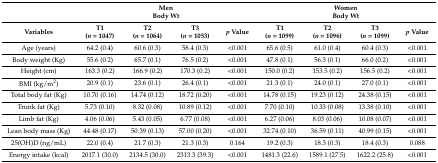
<table><thead><tr><td></td><td colspan="4"><b>Men Body Wt</b></td><td colspan="4"><b>Women Body Wt</b></td></tr><tr><td><b>Variables</b></td><td><b>T1 (<i>n</i> = 1047)</b></td><td><b>T2 (<i>n</i> = 1064)</b></td><td><b>T3 (<i>n</i> = 1053)</b></td><td><b><i>p</i> Value</b></td><td><b>T1 (<i>n</i> = 1099) </b></td><td><b>T2 (<i>n</i> = 1096) </b></td><td><b>T3 (<i>n</i> = 1099) </b></td><td><b><i>p</i> Value</b></td></tr></thead><tbody><tr><td>Age (years)</td><td>64.2 (0.4) </td><td>60.6 (0.3) </td><td>58.4 (0.3) </td><td>&lt;0.001 </td><td>65.6 (0.5) </td><td>61.0 (0.4) </td><td>60.4 (0.3) </td><td>&lt;0.001</td></tr><tr><td>Body weight (Kg)</td><td>55.6 (0.2) </td><td>65.7 (0.1) </td><td>76.5 (0.2) </td><td>&lt;0.001 </td><td>47.8 (0.1) </td><td>56.3 (0.1) </td><td>66.0 (0.2) </td><td>&lt;0.001</td></tr><tr><td>Height (cm)</td><td>163.3 (0.2) </td><td>166.9 (0.2) </td><td>170.3 (0.2) </td><td>&lt;0.001 </td><td>150.0 (0.2) </td><td>153.5 (0.2) </td><td>156.5 (0.2) </td><td>&lt;0.001</td></tr><tr><td>BMI (kg/m<sup>2</sup>)</td><td>20.9 (0.1) </td><td>23.6 (0.1) </td><td>26.4 (0.1) </td><td>&lt;0.001 </td><td>21.3 (0.1) </td><td>24.0 (0.1) </td><td>27.0 (0.1) </td><td>&lt;0.001</td></tr><tr><td>Total body fat (Kg)</td><td>10.70 (0.16) </td><td>14.74 (0.12) </td><td>18.72 (0.20) </td><td>&lt;0.001 </td><td>14.78 (0.15) </td><td>19.23 (0.12) </td><td>24.38 (0.15) </td><td>&lt;0.001</td></tr><tr><td>Trunk fat (Kg)</td><td>5.73 (0.10) </td><td>8.32 (0.08) </td><td>10.89 (0.12) </td><td>&lt;0.001 </td><td>7.70 (0.10) </td><td>10.33 (0.08) </td><td>13.38 (0.10) </td><td>&lt;0.001</td></tr><tr><td>Limb fat (Kg)</td><td>4.06 (0.06) </td><td>5.43 (0.05) </td><td>6.77 (0.08) </td><td>&lt;0.001 </td><td>6.27 (0.06) </td><td>8.03 (0.06) </td><td>10.08 (0.07) </td><td>&lt;0.001</td></tr><tr><td>Lean body mass (Kg)</td><td>44.48 (0.17)</td><td>50.39 (0.13)</td><td>57.00 (0.20)</td><td>&lt;0.001</td><td>32.74 (0.10)</td><td>36.59 (0.11)</td><td>40.99 (0.15)</td><td>&lt;0.001</td></tr><tr><td>25(OH)D (ng/mL)</td><td>22.0 (0.4) </td><td>21.7 (0.3) </td><td>21.3 (0.3) </td><td>0.164 </td><td>19.2 (0.3) </td><td>18.3 (0.3) </td><td>18.4 (0.3) </td><td>0.088</td></tr><tr><td>Energy intake (kcal)</td><td>2017.1 (30.0) </td><td>2134.5 (30.0) </td><td>2313.3 (39.3) </td><td>&lt;0.001 </td><td>1481.3 (22.6) </td><td>1589.1 (27.5) </td><td>1622.2 (25.8) </td><td>&lt;0.001</td></tr></tbody></table>